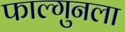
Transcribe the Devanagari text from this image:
फाल्गुनला